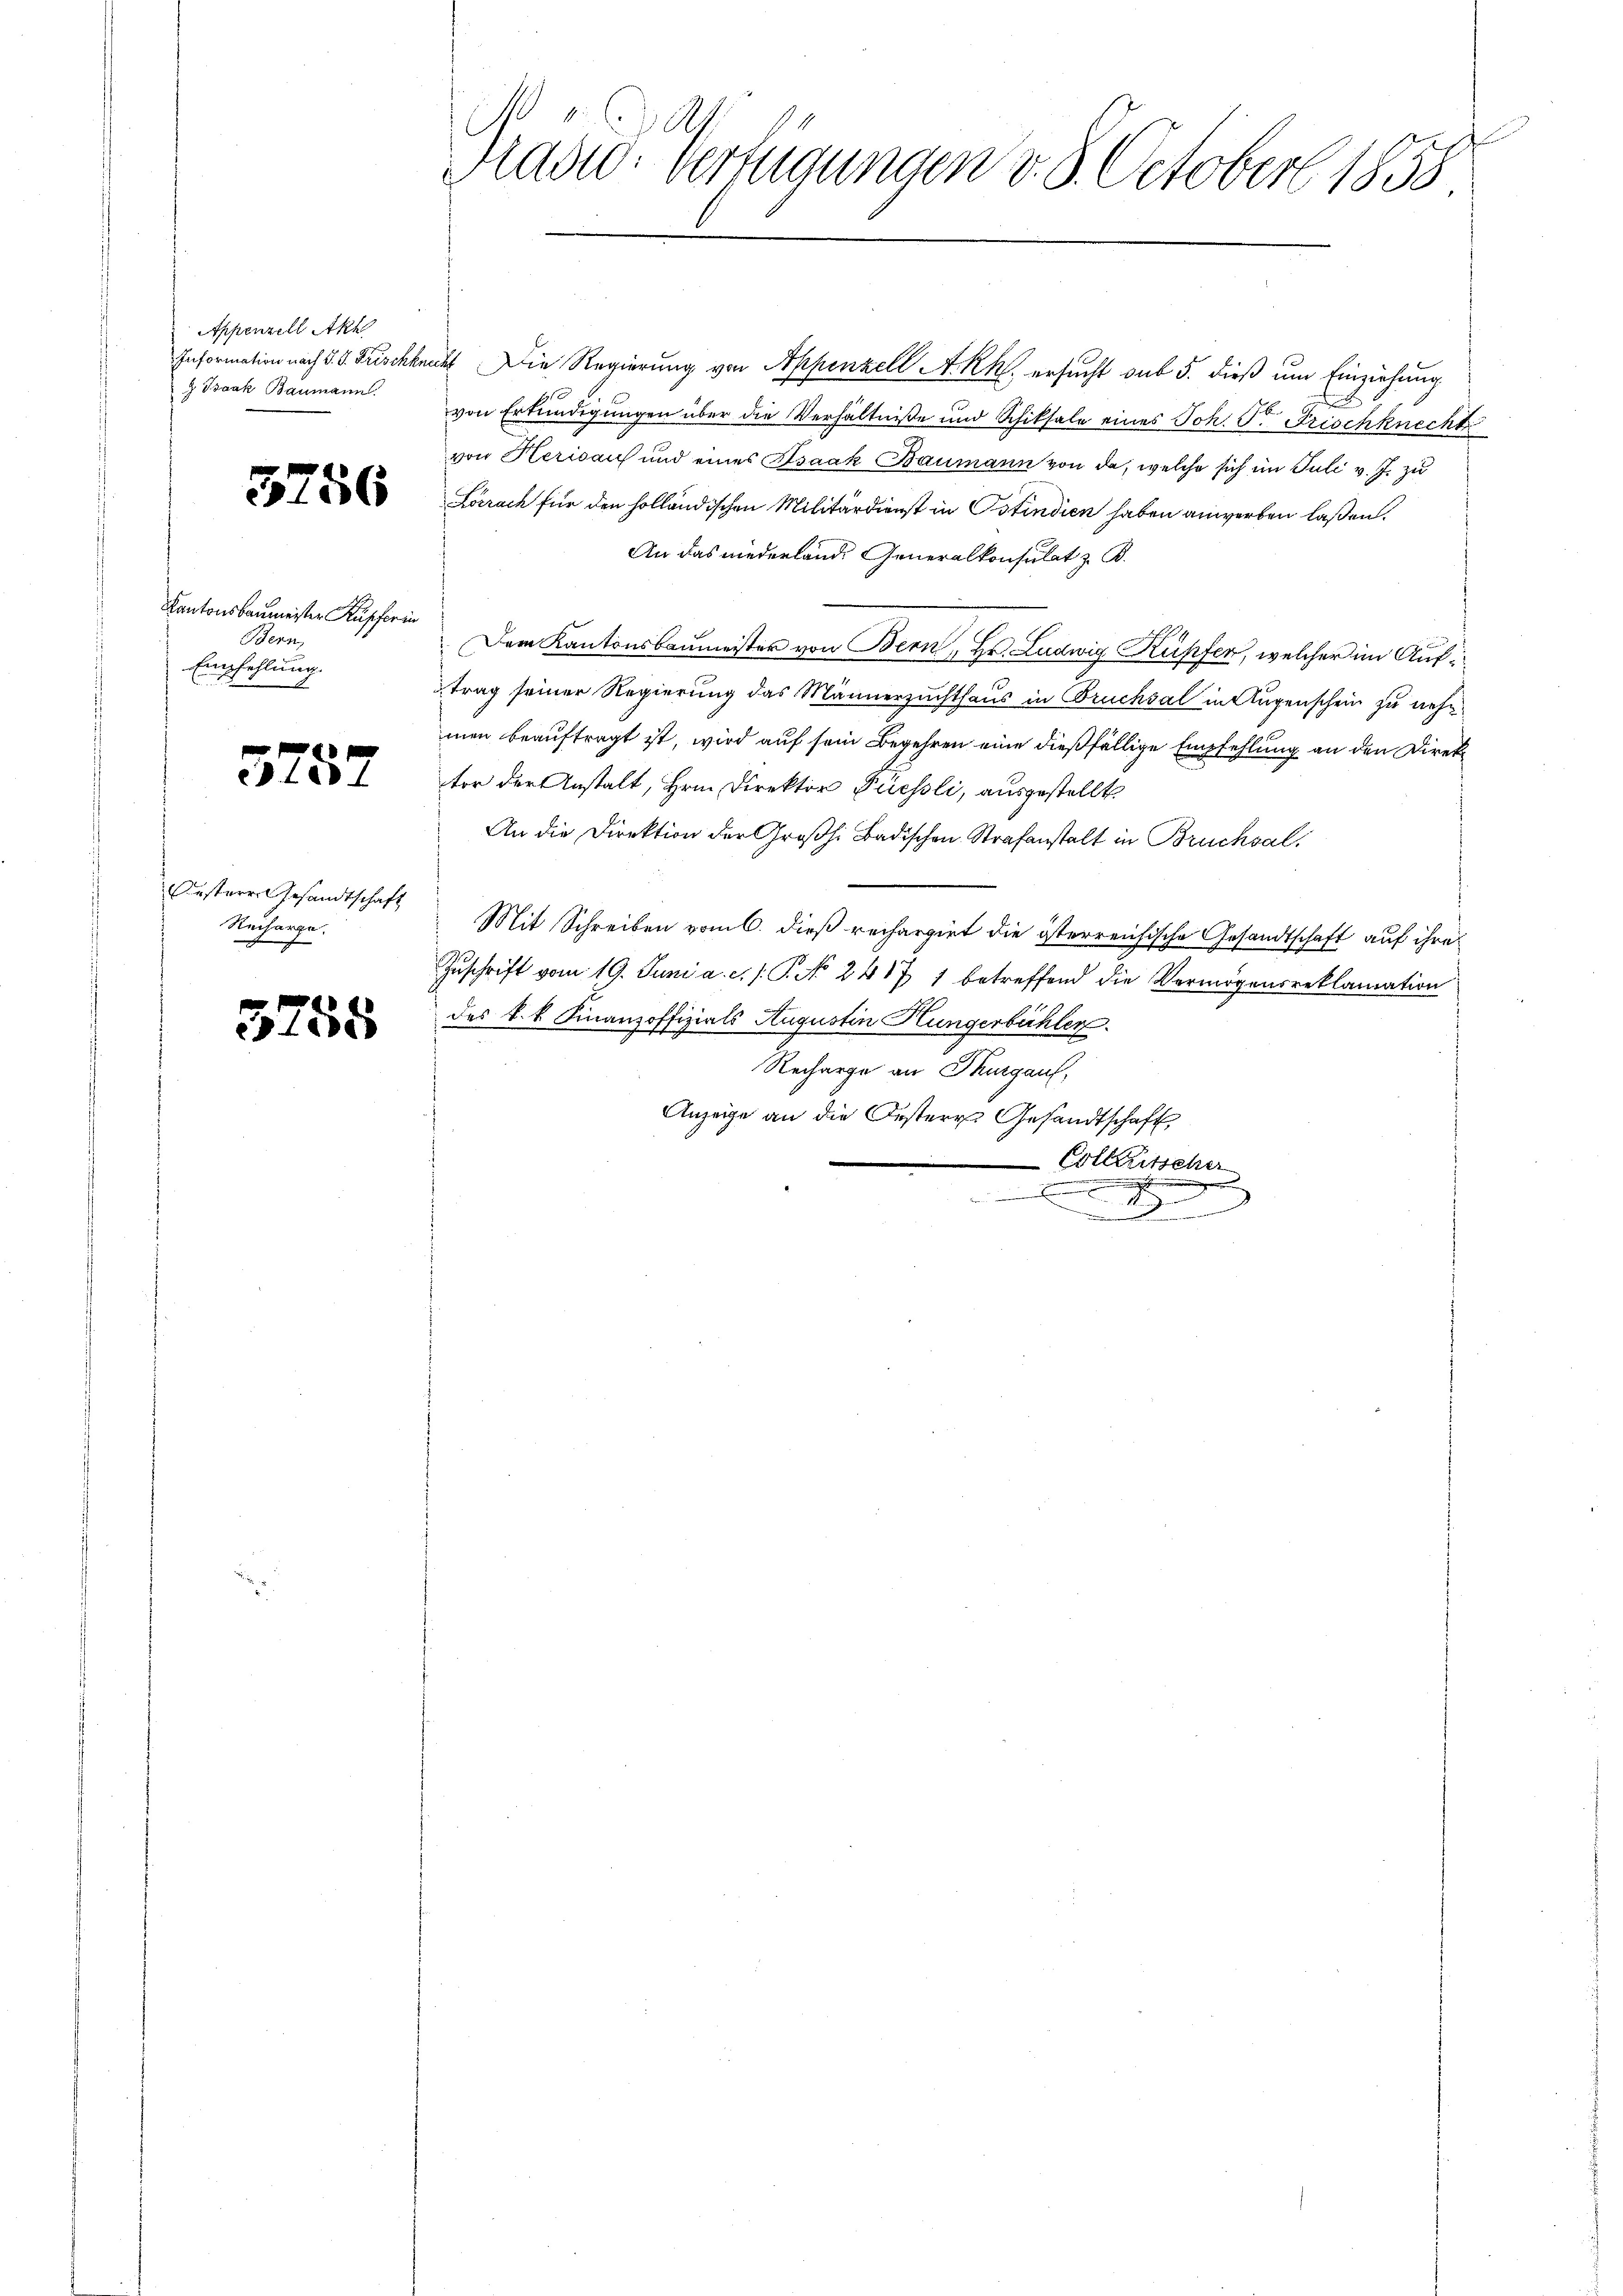
Appenzell Akt
g Bank Baumann.

3756

Kantonsbaumeister Kupfer in
Bern,
Empfehlung.

3257

Oestere Gesandtschaft
Recharge.

3758

Präsid. Verfügungen v. 8. Octobers 1838

Information nach S. S. Frischknecht. Die Regierung von Appenzell A.-Rh. ersucht sub 5. dieß um Einziehung

von Erkundigungen über die Verhältniße und Schiksale eines Joh. P. Frischknecht
von Herisauf und eines Isaak Baumann von da, welche sich im Juli v. J. zu
Lörrach für den holländischen Militärdienst in Ostindien haben anwerben laßen.
An das niederlande Generalkonsulat z. B.
Dem Kantonsbaumeister von Bern, Hr. Ludwig Kupfer, welcher im Auftrag seiner Regierung das Männerzuchthaus in Bruchsal in Augenschein zu nehm
men beauftragt ist, wird auf sein Begehren eine dießfällige Empfehlung an den Direktor der Anstalt, Hrn. Direktor Fuessli, ausgestellt
An die Direktion der Großh. Badischen Strafanstalt in Bruchsal,
Mit Schreiben vom 6. dieß rechargirt die österreichische Gesandtschaft auf ihre
Zuschrift vom 19. Juni a. c. s. P. No 2417 1 betreffend die Vermögensreklamation
des k. k. Finanzoffizials Augustin Hungerbühler.
Recharge an Thurgau,
Anzeige an die Oestern Gesandtschaft,
Collerischer
machte
.
der